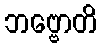
ဘဗ္ဗောတိ